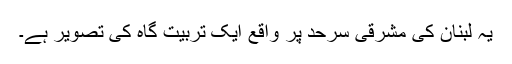
یہ لبنان کی مشرقی سرحد پر واقع ایک تربیت گاہ کی تصویر ہے۔